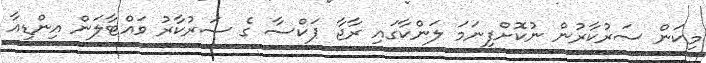
މިކަން ސަރުކާރުން ނުކޮށްފިނަމަ ލަންކާގައި ރާޖާ ޕަކްސާ ގެ ސަރުކާރު ވައްޓާލަން އިންޑިއާ